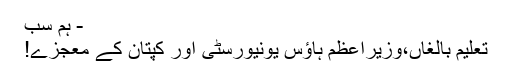
- ہم سب
تعلیم بالغاں،وزیراعظم ہاؤس یونیورسٹی اور کپتان کے معجزے!